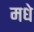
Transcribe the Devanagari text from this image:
मधे